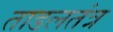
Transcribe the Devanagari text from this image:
ताडलतंत्र